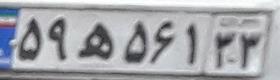
۵۹ه۵۶۱۳۳